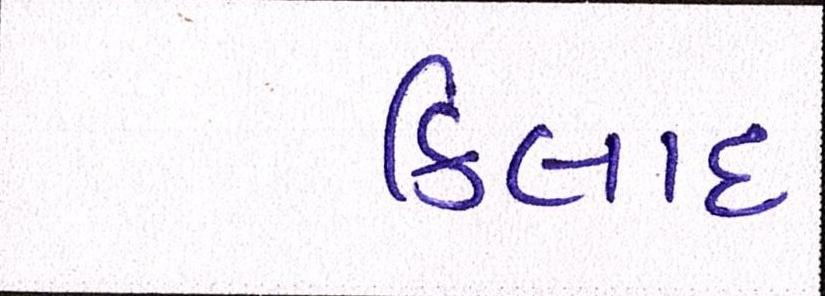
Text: કિલાદ